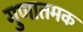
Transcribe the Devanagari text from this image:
गुणातमक